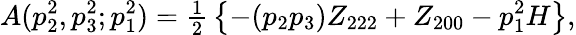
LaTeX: A(p_{2}^{2},p_{3}^{2};p_{1}^{2})={\textstyle{\frac{1}{2}}}\left\{ -(p_{2}p_{3})Z_{222}+Z_{200}-p_{1}^{2}H\right\} ,